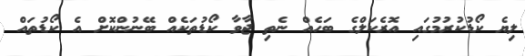
ލިޔެ ކޯޑުކުރުމުގައި އޮރެކަލްގެ ބަހެއް ނެތި ޖާވާ ކޯޑުތަކެއް ބޭނުންކޮށް އެ ކޯޑުތައް